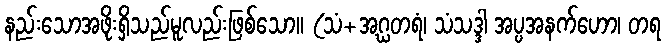
နည်းသောအဖိုးရှိသည်မူလည်းဖြစ်သော။ (သံ+အဂ္ဃတရံ၊ သံသဒ္ဒါ အပ္ပအနက်ဟော၊ တရ